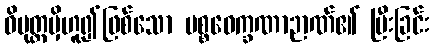
ဝိမုတ္တမှိဟူ၍ဖြစ်သော ပစ္စဝေက္ခဏာဉာဏ်၏ ပြီးခြင်း